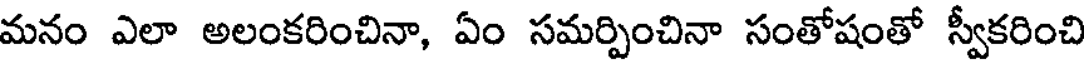
మనం ఎలా అలంకరించినా, ఏం సమర్పించినా సంతోషంతో స్వీకరించి